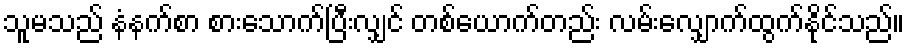
သူမသည် နံနက်စာ စားသောက်ပြီးလျှင် တစ်ယောက်တည်း လမ်းလျှောက်ထွက်နိုင်သည်။